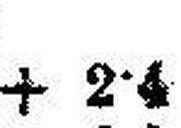
+ 2•4